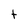
Character: t